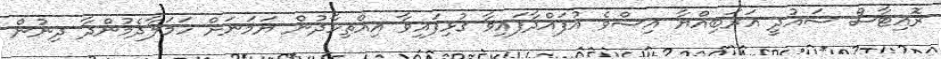
ރޮއިޓާސް ސައުދީ އަރަބިއްޔާ އިސްވެ އުފައްދާފައިވާ ގުޅިފައިވާ އިއްތިހާދުން ޔަމަނަށް ހަމަލާދެމުންދާ ދިނުން